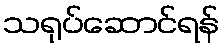
သရုပ်ဆောင်ရန်